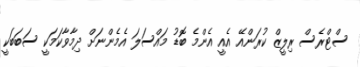
ސްޓްރެސް ރިލީޒް ކުރަންއޭ އެއީ އެންމެ ބޮޑު މައްސަލަ އެމެންނަށް ދިމާވާކަމަކީ ސަބަބަކީ